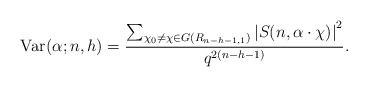
LaTeX: \begin{align*}\mathrm{Var}(\alpha;n,h)= \frac{\sum_{\chi_0 \neq \chi \in G(R_{n-h-1,1})} \left| S(n,\alpha \cdot\chi)\right|^2 }{q^{2(n-h-1)}}.\end{align*}